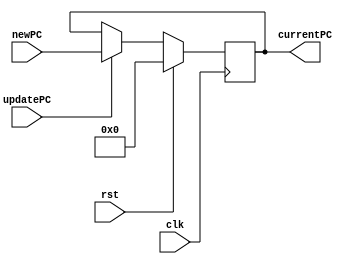
`timescale 1ns/1ps

module PCRegister
                (
                    input wire clk,
                    input wire rst,
                    input wire [32-1:0]newPC,
                    input wire updatePC,
                    output wire [32-1:0]currentPC
                );

reg [32-1:0]PCValue;

always@(posedge clk)
    begin
        if(rst == 1)
            PCValue <= 0;
        else
            if(updatePC)
                PCValue <= newPC;
    end

assign currentPC = PCValue;
endmodule